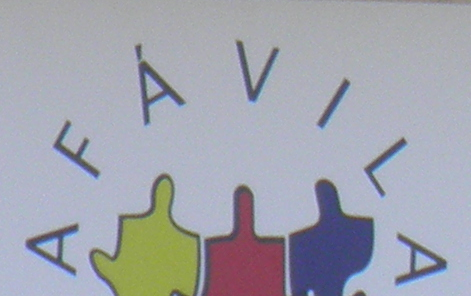
AFAVILA